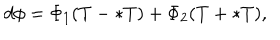
d \phi = \Phi _ { 1 } ( T - \ast T ) + \Phi _ { 2 } ( T + \ast T ) ,